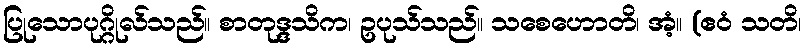
ပြုသောပုဂ္ဂိုလ်သည်။ စာတုဒ္ဒသိက၊ ဥပုသ်သည်။ သစေဟောတိ၊ အံ့။ (ဧဝံ သတိ၊